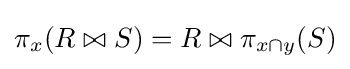
\pi _{x}(R\bowtie S)=R\bowtie \pi _{x\cap y}(S)